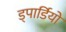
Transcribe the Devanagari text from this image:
ड्पार्डियो